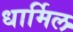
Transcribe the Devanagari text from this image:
धार्मिल